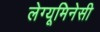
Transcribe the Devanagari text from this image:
लेग्यूमिनेसी